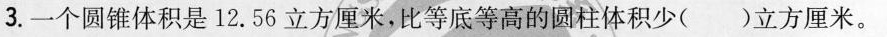
3.一个圆锥体积是12.56立方厘米，比等底等高的圆柱体积少( )立方厘米。